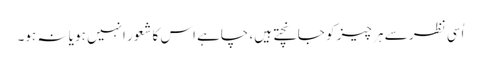
اُسی نظر سے ہر چیز کو جانچتے ہیں، چاہے اس کاشعور انہیں ہو یا نہ ہو۔